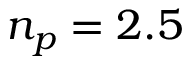
n _ { p } = 2 . 5